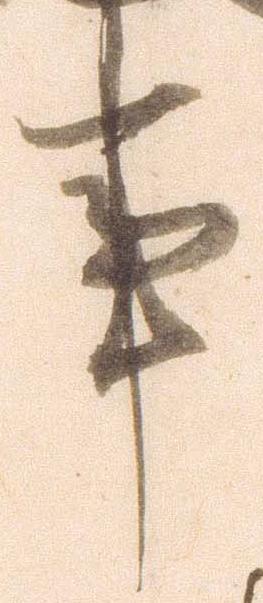
事